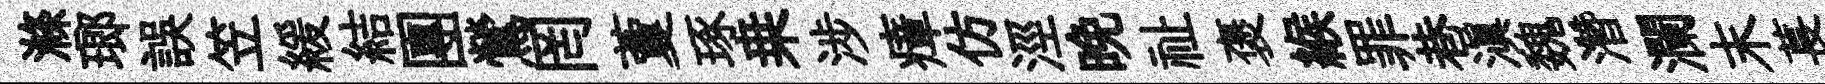
滌瑯誤笠緩結團鶯罔藑琢桒涉瘴仿涇晚祉褒緱罪巷滇魏濳瀾末萇